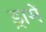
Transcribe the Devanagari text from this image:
ड्रामें